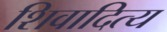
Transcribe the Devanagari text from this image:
शिवादित्य